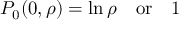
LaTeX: P _ { 0 } ( 0 , \rho ) = \ln \rho \, \, \, \, \, \, \mathrm { o r } \, \, \, \, \, \, 1